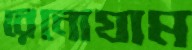
রেনোগ্রাম